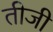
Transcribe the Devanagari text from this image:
तीजी